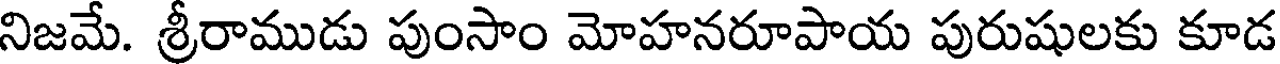
నిజమే. శ్రీరాముడు పుంసాం మోహనరూపాయ పురుషులకు కూడ